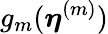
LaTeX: g_{m}(\boldsymbol{\eta}^{(m)})